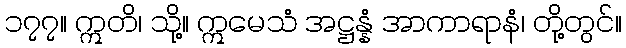
၁၇၇။ ဣတိ၊ သို့။ ဣမေသံ အဋ္ဌန္နံ အာကာရာနံ၊ တို့တွင်။